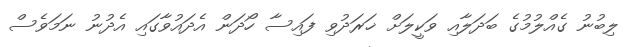
ލިބުނު ގެއްލުމުގެ ބަދަލާއި ވަކީލަށް ޚަރަދުވި ފައިސާ ހޯދަން އެދައުވާގައި އެދުނު ނަމަވެސް